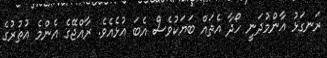
ރަނގަޅު އާންމުދަނީ ހޯދާ އެތައް ބަޔަކުވެސް އެބަ އުޅެއެވެ. ރާއްޖޭގެ އެންމެ އުތުރުގެ